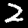
Label: 2